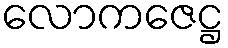
လောကဇေဋ္ဌ